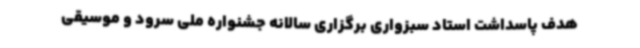
هدف پاسداشت استاد سبزواری برگزاری سالانه جشنواره ملی سرود و موسیقی